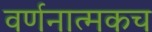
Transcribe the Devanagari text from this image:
वर्णनात्मकच